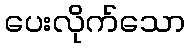
ပေးလိုက်သော